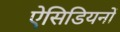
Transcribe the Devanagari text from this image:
ऐसिडियनों